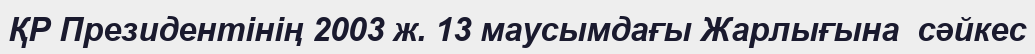
ҚР Президентінің 2003 ж. 13 маусымдағы Жарлығына  сәйкес